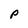
Character: P